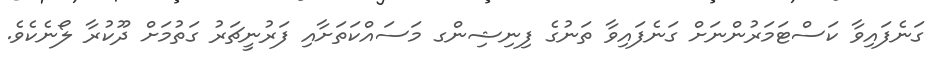
ގަނެފައިވާ ކަސްޓަމަރުންނަށް ގަނެފައިވާ ތަނުގެ ފިނިޝިންގ މަސައްކަތަށާއި ފަރުނީޗަރު ގަތުމަށް ދޫކުރާ ލޯނެކެވެ.